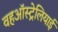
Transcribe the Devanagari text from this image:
वहऑस्ट्रेलियाई